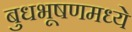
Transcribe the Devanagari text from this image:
बुधभूषणमध्ये